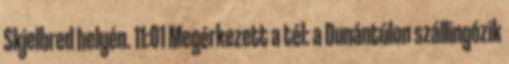
Skjelbred helyén. 11:01 Megérkezett a tél: a Dunántúlon szállingózik